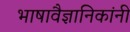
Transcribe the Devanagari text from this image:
भाषावैज्ञानिकांनी